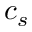
c _ { s }